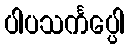
ပါပသင်္ကပ္ပေါ